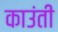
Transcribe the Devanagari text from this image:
काउंती